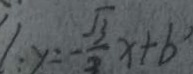
: y = - \frac { \sqrt { 3 } } { 2 } x + b